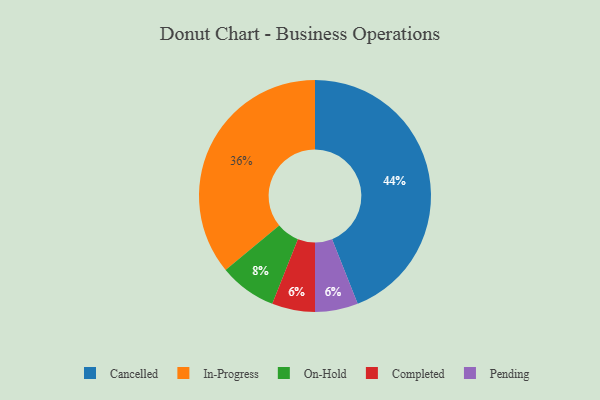
{"axis": {"x": "Category", "y": "Percentage"}, "legend": ["Cancelled", "Completed", "In-Progress", "On-Hold", "Pending"], "data": [{"x": "Cancelled", "y": 44, "type": "Cancelled"}, {"x": "Completed", "y": 6, "type": "Completed"}, {"x": "On-Hold", "y": 8, "type": "On-Hold"}, {"x": "In-Progress", "y": 36, "type": "In-Progress"}, {"x": "Pending", "y": 6, "type": "Pending"}]}